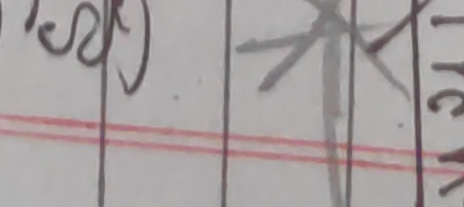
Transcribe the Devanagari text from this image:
एस रक